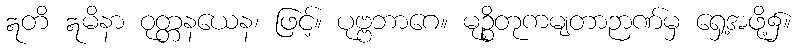
ဣတိ ဣမိနာ ဝုတ္တနယေန၊ ဖြင့်။ ပုဗ္ဗဘာဂေ။ မုဉ္စိတုကမျတာဉာဏ်မှ ရှေ့အဖို့၌။